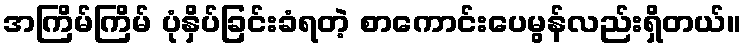
အကြိမ်ကြိမ် ပုံနှိပ်ခြင်းခံရတဲ့ စာကောင်းပေမွန်လည်းရှိတယ်။